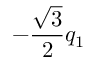
- \frac { \sqrt { 3 } } { 2 } q _ { 1 }